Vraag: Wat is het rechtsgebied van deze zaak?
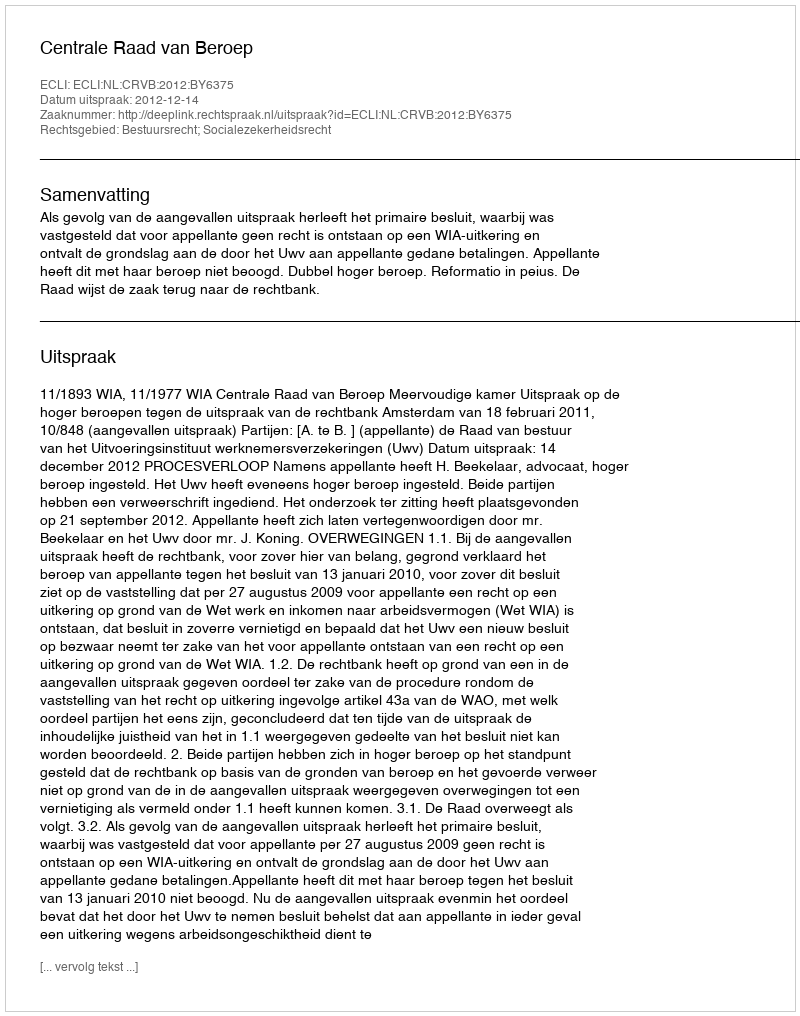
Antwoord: Bestuursrecht; Socialezekerheidsrecht